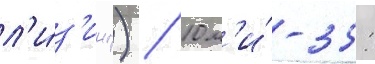
л'и́з'инг) / 10 м'и́-35: